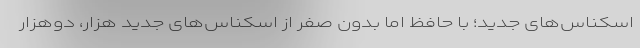
اسکناس‌های جدید؛ با حافظ اما بدون صفر از اسکناس‌های جدید هزار، دوهزار